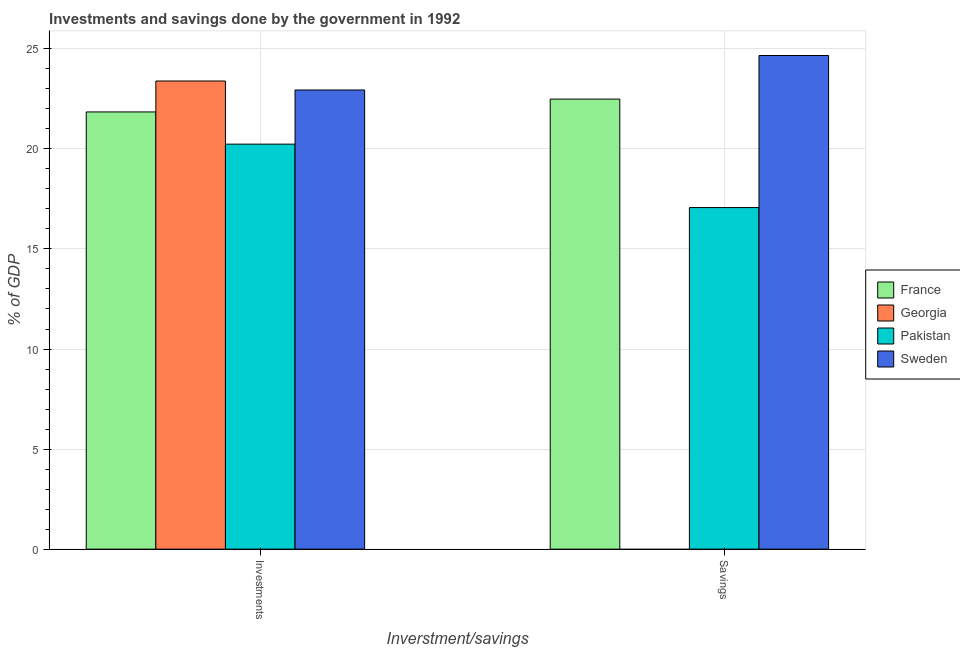
| Inverstment/savings | France | Georgia | Pakistan | Sweden |
 | --- | --- | --- | --- | --- |
 | Investments | 21.8 | 23.4 | 20.2 | 22.9 |
 | Savings | 22.5 | -7.24 | 17.1 | 24.7 |